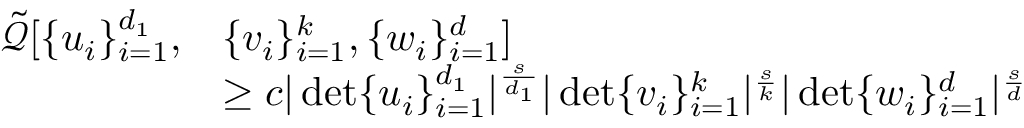
\begin{array} { r l } { \tilde { \mathcal Q } [ \{ u _ { i } \} _ { i = 1 } ^ { d _ { 1 } } , } & { \{ v _ { i } \} _ { i = 1 } ^ { k } , \{ w _ { i } \} _ { i = 1 } ^ { d } ] } \\ & { \geq c | \operatorname* { d e t } \{ u _ { i } \} _ { i = 1 } ^ { d _ { 1 } } | ^ { \frac { s } { d _ { 1 } } } | \operatorname* { d e t } \{ v _ { i } \} _ { i = 1 } ^ { k } | ^ { \frac { s } { k } } | \operatorname* { d e t } \{ w _ { i } \} _ { i = 1 } ^ { d } | ^ { \frac { s } { d } } } \end{array}